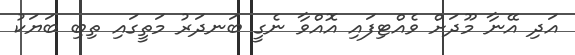
އަދި އޭނާ މޫދަށް ވެއްޓިފައި އޮއްވާ ނެގީ ބަނދަރު މަތީގައި ތިބި ބަޔަކު